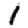
Digit: 1